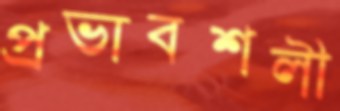
প্রভাবশলী